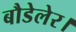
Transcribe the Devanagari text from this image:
बौडेलेर।